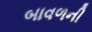
બાવળની